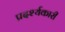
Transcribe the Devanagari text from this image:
प्रदर्श्यकारी